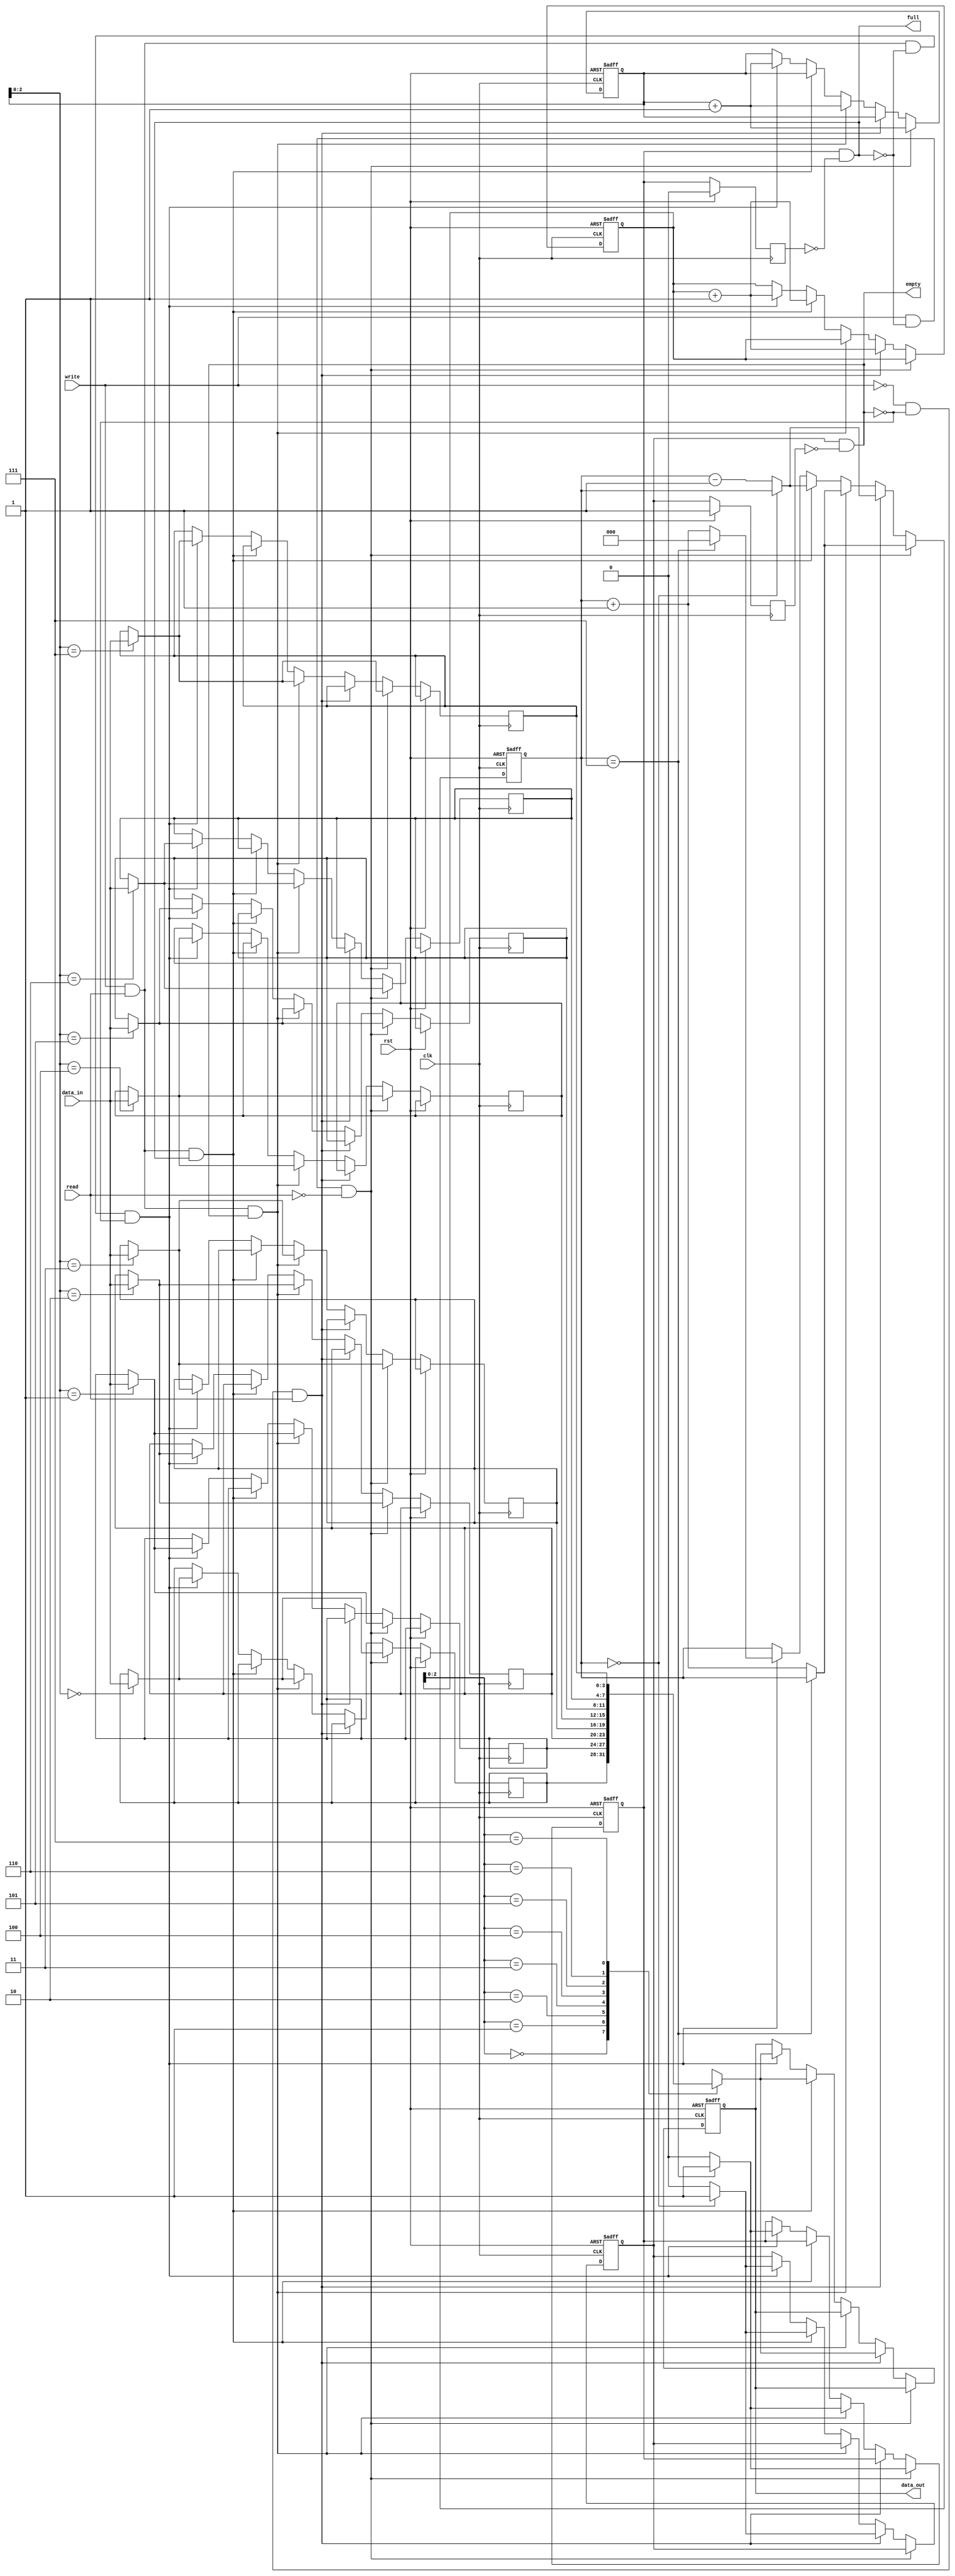
module fifo(
	data_out,
	full,
	empty,
	clk,
	rst,
	data_in,
	write,
	read);

parameter width = 4;
parameter height = 8;
parameter ptr_width = 3;


output [width-1:0] data_out;
output full;
output empty;
input clk;
input rst;
input [width-1:0] data_in;
input write;
input read;

reg [height-1:0] read_ptr, write_ptr;
reg [ptr_width-1:0]diff;
reg [width-1:0] data_out;
reg [width-1:0] memory[height-1:0];
reg empty_r;
reg empty_r_r;
reg full_r;
reg full_r_r;

assign empty = empty_r & ~empty_r_r;
assign full =  full_r & ~full_r_r ;



always@(posedge clk or posedge rst)
begin
if(rst)begin
	write_ptr <= 0;
	data_out <= 0;
	read_ptr <= 0;
	diff <= 0;
	empty_r <= 1;
	full_r <= 0;
end
else if(write && !full && !read) begin 
	memory[write_ptr] <= data_in;
	write_ptr <= write_ptr + 1;
	if(diff== height-1)begin
		full_r <=1;
	end else begin
		diff <= diff + 1;
		full_r <= 0;
	end
end
else if(!write && !empty && read)begin
	data_out <= memory[read_ptr];
	read_ptr <= read_ptr + 1;
	if(diff == 0)begin
		empty_r <= 1;
	end else
	begin
		diff <= diff - 1;
		empty_r <= 0;
	end
end
else if (write && read && empty)begin
	memory[write_ptr] <= data_in;
	write_ptr <= write_ptr + 1;
	if(diff == height - 1)begin
		full_r <= 1;
	end else begin
		diff <= diff +1;
		full_r <= 0;
	end
end
else if (write && read && full)begin
	data_out <= memory[read_ptr];
	read_ptr <= read_ptr + 1;
	if(diff == 0)begin
		empty_r <= 1;
	end else begin
		diff <= diff -1;
		empty_r <= 0;
	end
end

else if (write && read && !full && !empty)
begin
	data_out <= memory[read_ptr];
	memory[write_ptr] <= data_in;
	read_ptr <= read_ptr + 1;
	if(diff == 0)begin
		empty_r <= 1;
	end else begin
		diff <= diff -1;
		empty_r <= 0;
	end
	write_ptr <= write_ptr + 1;
	if(diff == height - 1)begin
		full_r <= 1;
		diff <= 0;
	end else begin
		diff <= diff +1;
		full_r <= 0;
	end
end
end

always@(posedge clk)
begin
if(rst)begin
	full_r_r <= 0;
	empty_r_r <=1; 
end else begin
	full_r_r <= full_r;
	empty_r_r <= empty_r;
end
end
endmodule